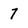
Character: 7